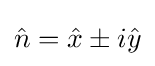
{\hat {n}}={\hat {x}}\pm i{\hat {y}}